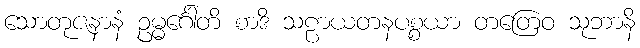
သောတုဇနာနံ ဥမ္မင်္ဂေါတိ စာဒိ သဠာယတနပစ္စယာ တတြေဝ သုဘာနိ